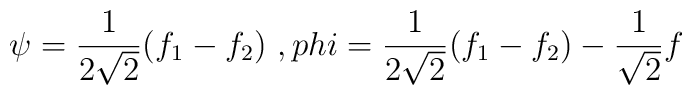
\psi = \frac{1}{2 \sqrt{2}} (f_1 - f_2 ) \ , \\phi = \frac{1}{2 \sqrt{2}} (f_1 - f_2 ) - \frac{1}{\sqrt{2}} f